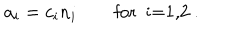
LaTeX: a _ { i } = c _ { i } n _ { i } \qquad \textrm { f o r i = 1 , 2 } .